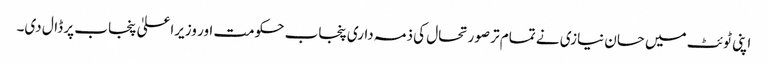
اپنی ٹوئٹ میں حسان نیازی نے تمام تر صورتحال کی ذمہ داری پنجاب حکومت اور وزیراعلیٰ پنجاب پر ڈال دی۔